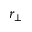
r _ { \perp }